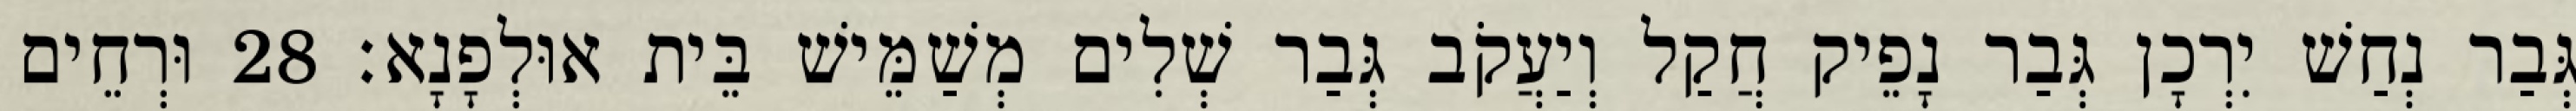
גְּבַר נְחַשׁ יִרְכָן גְּבַר נָפֵיק חֲקַל וְיַעֲקֹב גְּבַר שְׁלִים מְשַׁמֵּישׁ בֵּית אוּלְפָנָא׃ 28 וּרְחֵים